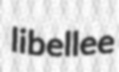
libellee